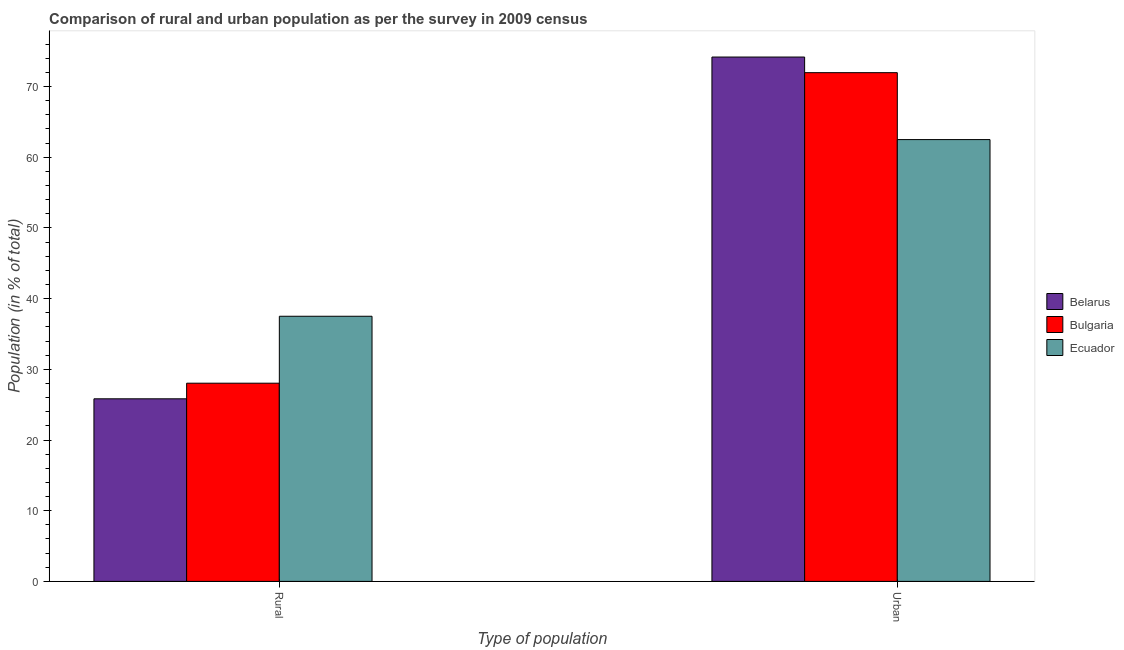
| Type of population | Belarus | Bulgaria | Ecuador |
 | --- | --- | --- | --- |
 | Rural | 25.8 | 28 | 37.5 |
 | Urban | 74.2 | 72 | 62.5 |